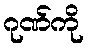
ဂုဏ်ကို